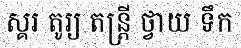
ស្គរ តូរ្យ តន្ត្រី ថ្វាយ ទឹក